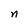
Character: n